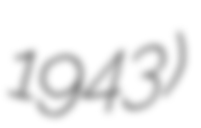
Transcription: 1943)